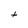
Character: t